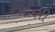
નાણી